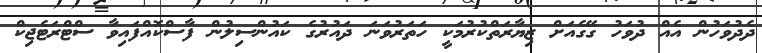
ދެދުވަހުން އެއް ދުވަހު ގޭގެއަށް ޒިޔާރަތްކުރުމަކީ ހަތަރުވަނަ ދައުރުގެ ކައުންސިލުން ފާސްކޮއްފައިވާ ސްޓްރަޓެޖިކް